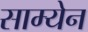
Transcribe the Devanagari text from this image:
साम्येन